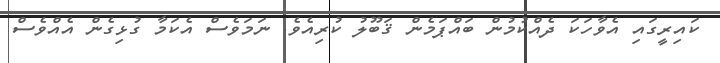
ކައިރީގައި އެވާހަކަ ދެއްކުމުން ބައްޕަމެން ޤަބޫލު ކުރިއެވެ. ނަމަވެސް އެކަމާ ގުޅިގެން އެއްވެސް